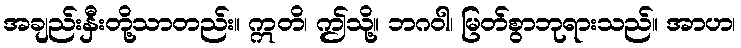
အချည်းနှီးတို့သာတည်း။ ဣတိ၊ ဤသို့။ ဘဂဝါ၊ မြတ်စွာဘုရားသည်။ အာဟ၊